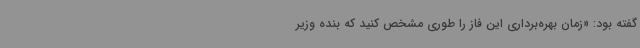
گفته بود: «زمان بهره‌برداری این فاز را طوری مشخص کنید که بنده وزیر